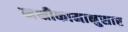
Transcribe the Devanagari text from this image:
नक्षीकामानुसार